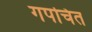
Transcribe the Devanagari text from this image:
गपचित